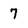
Character: 7